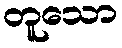
တူသော